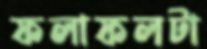
ফলাফলটা